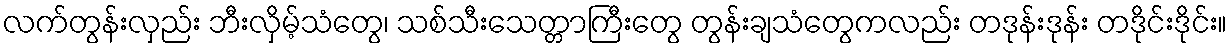
လက်တွန်းလှည်း ဘီးလှိမ့်သံတွေ၊ သစ်သီးသေတ္တာကြီးတွေ တွန်းချသံတွေကလည်း တဒုန်းဒုန်း တဒိုင်းဒိုင်း။